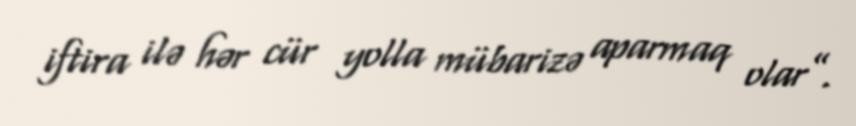
iftira ilə hər cür yolla mübarizə aparmaq olar”.